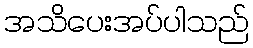
အသိပေးအပ်ပါသည်